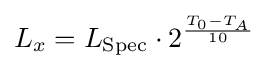
L_{x}=L_{\text{Spec}}\cdot 2^{\frac {T_{0}-T_{A}}{10}}